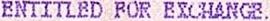
ENTITLED FOR EXCHANGE.